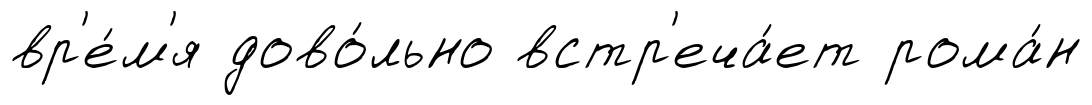
вр'е́м'я дово́льно встр'еча́ет рома́н